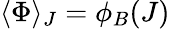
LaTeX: \langle\Phi\rangle_{J}=\phi_{B}(J)